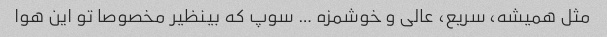
مثل همیشه، سریع، عالی و خوشمزه … سوپ که بینظیر مخصوصا تو این هوا